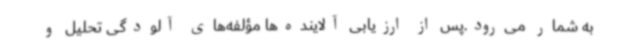
به شمار می‌رود.پس از ارزیابی آلاینده‌ها مؤلفه‌های آلودگی تحلیل و